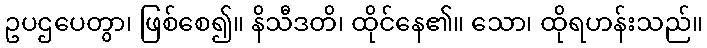
ဥပဌပေတွာ၊ ဖြစ်စေ၍။ နိသီဒတိ၊ ထိုင်နေ၏။ သော၊ ထိုရဟန်းသည်။